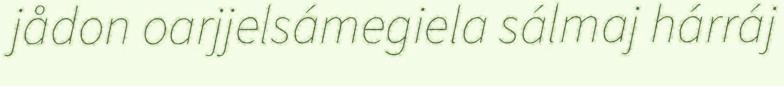
jådon oarjjelsámegiela sálmaj hárráj